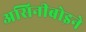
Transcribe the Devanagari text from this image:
असिनीबोइने